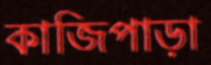
কাজিপাড়া